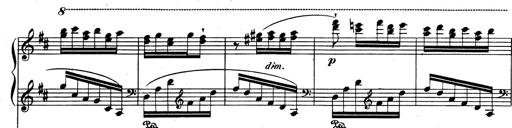
Title: Rhapsodie espagnole
Composer: Franz Liszt